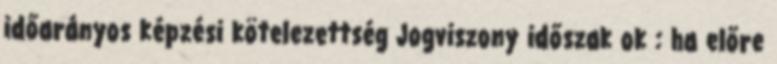
időarányos képzési kötelezettség Jogviszony időszak ok : ha előre